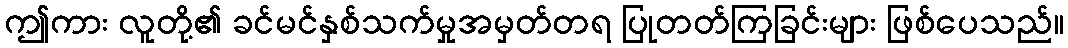
ဤကား လူတို့၏ ခင်မင်နှစ်သက်မှုအမှတ်တရ ပြုတတ်ကြခြင်းများ ဖြစ်ပေသည်။